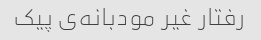
رفتار غیر مودبانه‌ی پیک